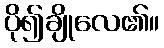
ပို၍ချိုလေ၏။